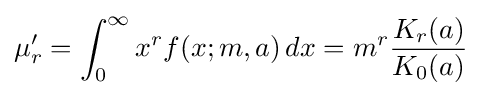
\mu '_{r}=\int _{0}^{\infty }x^{r}f(x;m,a)\,dx=m^{r}{\frac {K_{r}(a)}{K_{0}(a)}}